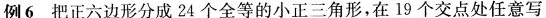
例6把正六边形分成24个全等的小正三角形，在19个交点处任意写